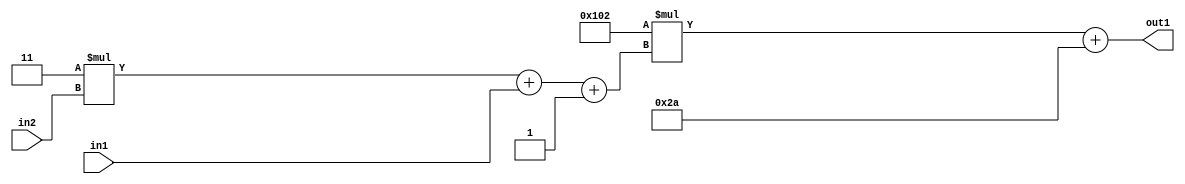
`timescale 1ps / 1ps
/*****************************************************************************
    Verilog RTL Description
    
    
    Created by: Stratus DpOpt 2019.1.01 
*******************************************************************************/

module DC_Filter_Add2i42Mul2i258Add3i1u1Mul2i3u2_1 (
	in2,
	in1,
	out1
	); /* architecture "behavioural" */ 
input [1:0] in2;
input  in1;
output [11:0] out1;
wire [11:0] asc001;
wire [3:0] asc002;

wire [3:0] asc002_tmp_0;
wire [3:0] asc002_tmp_1;
assign asc002_tmp_1 = 
	+(4'B0011 * in2);
assign asc002_tmp_0 = asc002_tmp_1
	+(in1);
assign asc002 = asc002_tmp_0
	+(4'B0001);

wire [11:0] asc001_tmp_2;
assign asc001_tmp_2 = 
	+(12'B000100000010 * asc002);
assign asc001 = asc001_tmp_2
	+(12'B000000101010);

assign out1 = asc001;
endmodule

/* CADENCE  vrP0Sg4= : u9/ySgnWtBlWxVPRXgAZ4Og= ** DO NOT EDIT THIS LINE ******/